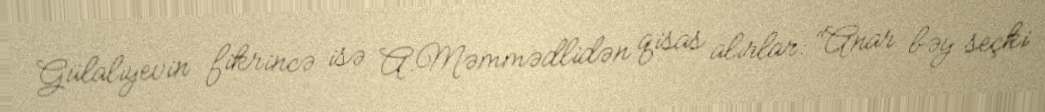
Gülalıyevin fikrincə isə A.Məmmədlidən qisas alırlar: “Anar bəy seçki